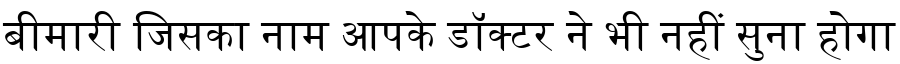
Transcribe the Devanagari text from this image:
बीमारी जिसका नाम आपके डॉक्टर ने भी नहीं सुना होगा